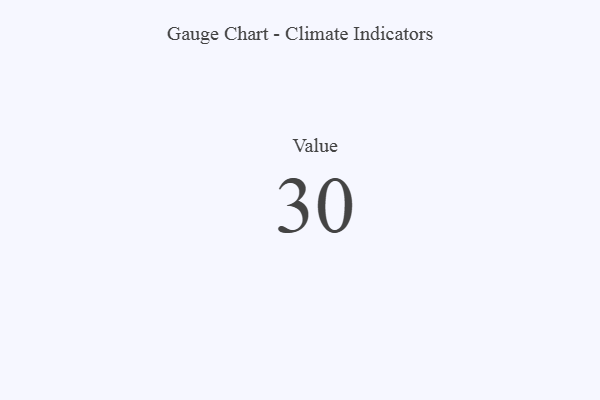
{"axis": {"x": "Metric", "y": "Value"}, "legend": [""], "data": [{"x": "Value", "y": 30, "type": ""}]}